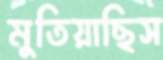
মুতিয়াছিস